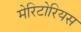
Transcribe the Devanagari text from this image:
मेरिटोरियस